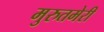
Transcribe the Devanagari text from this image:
मुरुतमेरी